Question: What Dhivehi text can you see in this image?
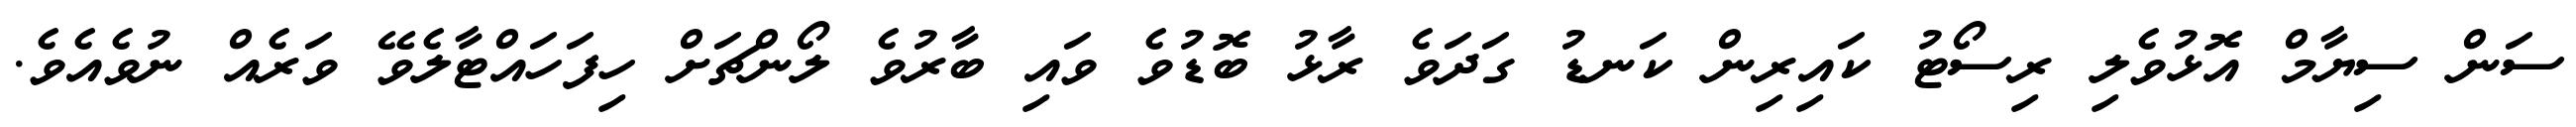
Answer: ސަން ސިޔާމް އޮޅުވެލި ރިސޯޓު ކައިރިން ކަނޑު ގަދަވެ ރާޅު ބޮޑުވެ ވައި ބާރުވެ ލޯންޗަށް ހިފަހައްޓާލެވޭ ވަރެއް ނުވެއެވެ.